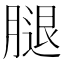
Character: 腿